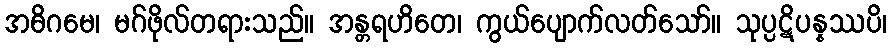
အဓိဂမေ၊ မဂ်ဖိုလ်တရားသည်။ အန္တရဟိတေ၊ ကွယ်ပျောက်လတ်သော်။ သုပ္ပဋိပန္နဿပိ၊